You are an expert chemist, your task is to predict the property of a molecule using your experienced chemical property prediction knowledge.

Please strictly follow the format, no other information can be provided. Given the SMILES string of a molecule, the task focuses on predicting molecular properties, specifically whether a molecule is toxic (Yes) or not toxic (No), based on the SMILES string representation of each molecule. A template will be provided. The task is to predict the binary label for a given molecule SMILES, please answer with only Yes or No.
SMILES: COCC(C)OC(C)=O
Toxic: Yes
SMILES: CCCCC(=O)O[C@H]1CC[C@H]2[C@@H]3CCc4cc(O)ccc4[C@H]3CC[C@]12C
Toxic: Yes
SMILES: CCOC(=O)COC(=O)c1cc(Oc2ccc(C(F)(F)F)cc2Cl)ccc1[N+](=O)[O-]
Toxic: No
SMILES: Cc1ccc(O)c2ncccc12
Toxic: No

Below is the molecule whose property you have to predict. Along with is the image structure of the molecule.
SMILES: COC(=O)C(c1ccccc1)C1CCCCN1
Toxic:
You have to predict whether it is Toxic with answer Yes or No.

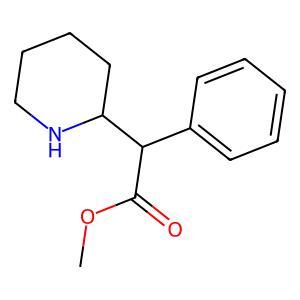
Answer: No